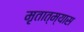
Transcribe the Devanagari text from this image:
मृतात्म्यास